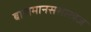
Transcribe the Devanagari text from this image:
बालमानसशास्त्रज्ञ